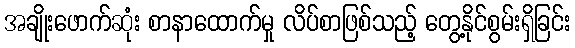
အချိုးဖောက်ဆုံး စာနာထောက်မှု လိပ်စာဖြစ်သည့် တွေ့နိုင်စွမ်းရှိခြင်း